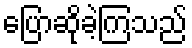
ပြောဆိုခဲ့ကြသည်